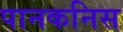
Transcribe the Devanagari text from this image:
पानकनिस